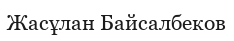
Жасұлан Байсалбеков